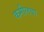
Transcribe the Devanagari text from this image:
कमीलया